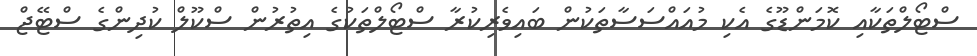
ސްޓޯލްތަކާއި ކޮމަންޑޫގެ އެކި މުއައްސަސާތަކުން ބައިވެރިކުރާ ސްޓޯލްތަކުގެ އިތުރުން ސްކޫލް ކުދިންގެ ސްޓޭޖް